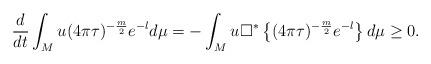
LaTeX: \begin{align*} \frac{d}{dt} \int_M u (4\pi \tau)^{-\frac{m}{2}} e^{-l} d\mu =- \int_M u \square^* \left\{(4\pi \tau)^{-\frac{m}{2}} e^{-l} \right\} d\mu \geq 0. \end{align*}